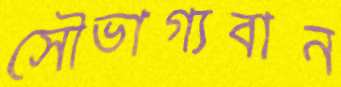
সৌভাগ্যবান